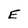
Character: E